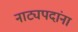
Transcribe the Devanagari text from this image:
नाट्यपदांना